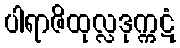
ပါရာဇိထုလ္လဒုက္ကဋံ